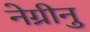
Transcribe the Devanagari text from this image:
नेग्रीनु